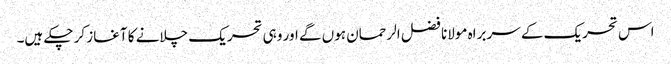
اس تحریک کے سربراہ مولانا فضل الرحمان ہوں گے اور وہی تحریک چلانے کا آغاز کر چکے ہیں۔